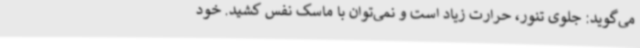
می‌گوید: جلوی تنور، حرارت زیاد است و نمی‌توان با ماسک نفس کشید. خود